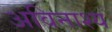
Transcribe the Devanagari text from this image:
अविनाश्य